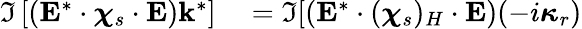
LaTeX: \begin{array}{rl}{\Im\left[\left(\mathbf{E}^{*}\cdot\boldsymbol{\chi}_{s}\cdot\mathbf{E}\right)\mathbf{k}^{*}\right]}&{{}=\Im[\left(\mathbf{E}^{*}\cdot(\boldsymbol{\chi}_{s})_{H}\cdot\mathbf{E}\right)(-i\boldsymbol{\kappa}_{r})}\end{array}